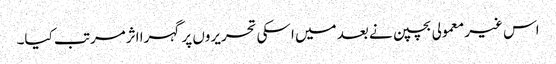
اس غیر معمولی بچپن نے بعد میں اسکی تحریروں پر گہرا اثرمرتب کیا۔